Document type: Sale
Year: 1354
Scribe: Bernat de Torre
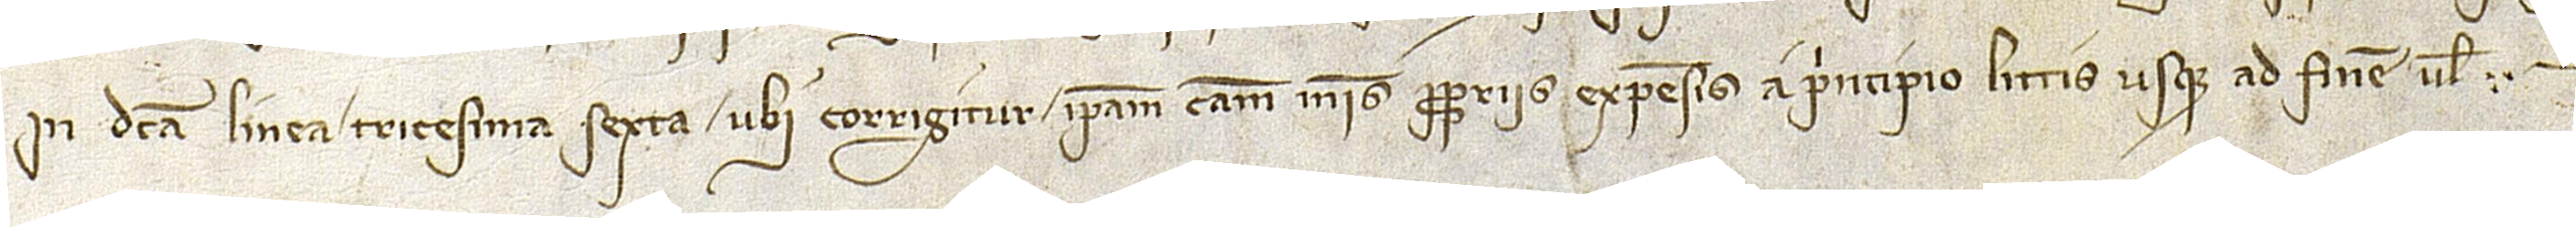
in dicta linea tricesima sexta, ubi corrigitur “ipsam causam meis propriis expensis a principio littis usque ad finem vel”.